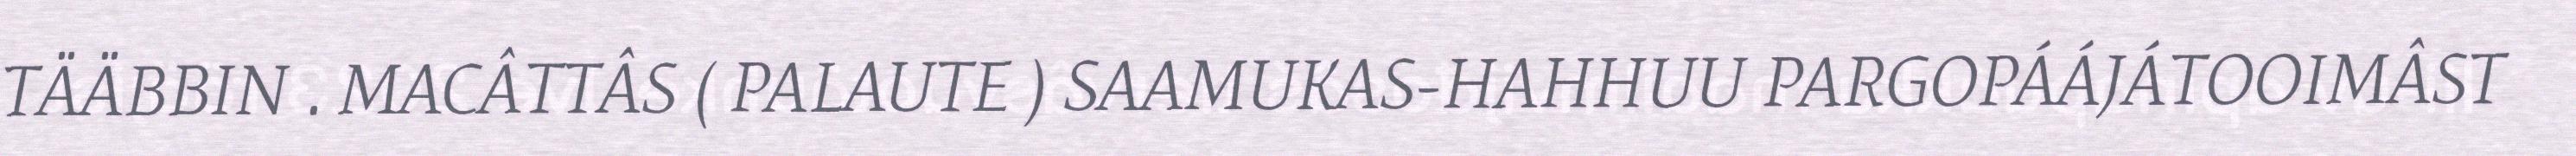
TÄÄBBIN . MACÂTTÂS ( PALAUTE ) SAAMUKAS-HAHHUU PARGOPÁÁJÁTOOIMÂST